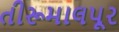
તીરૂમાલપૂર